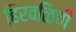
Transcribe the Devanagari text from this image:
हिरवळिची